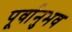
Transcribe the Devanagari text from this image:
पूर्वानुभव